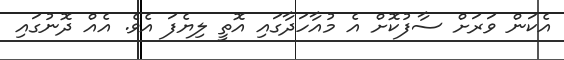
އެކަން ވަރަށް ސާފުކޮށް އެ މުއާހަދާގައި އޮތީ ލިޔެފަ އެވެ. އެއް ދޮނުގައި